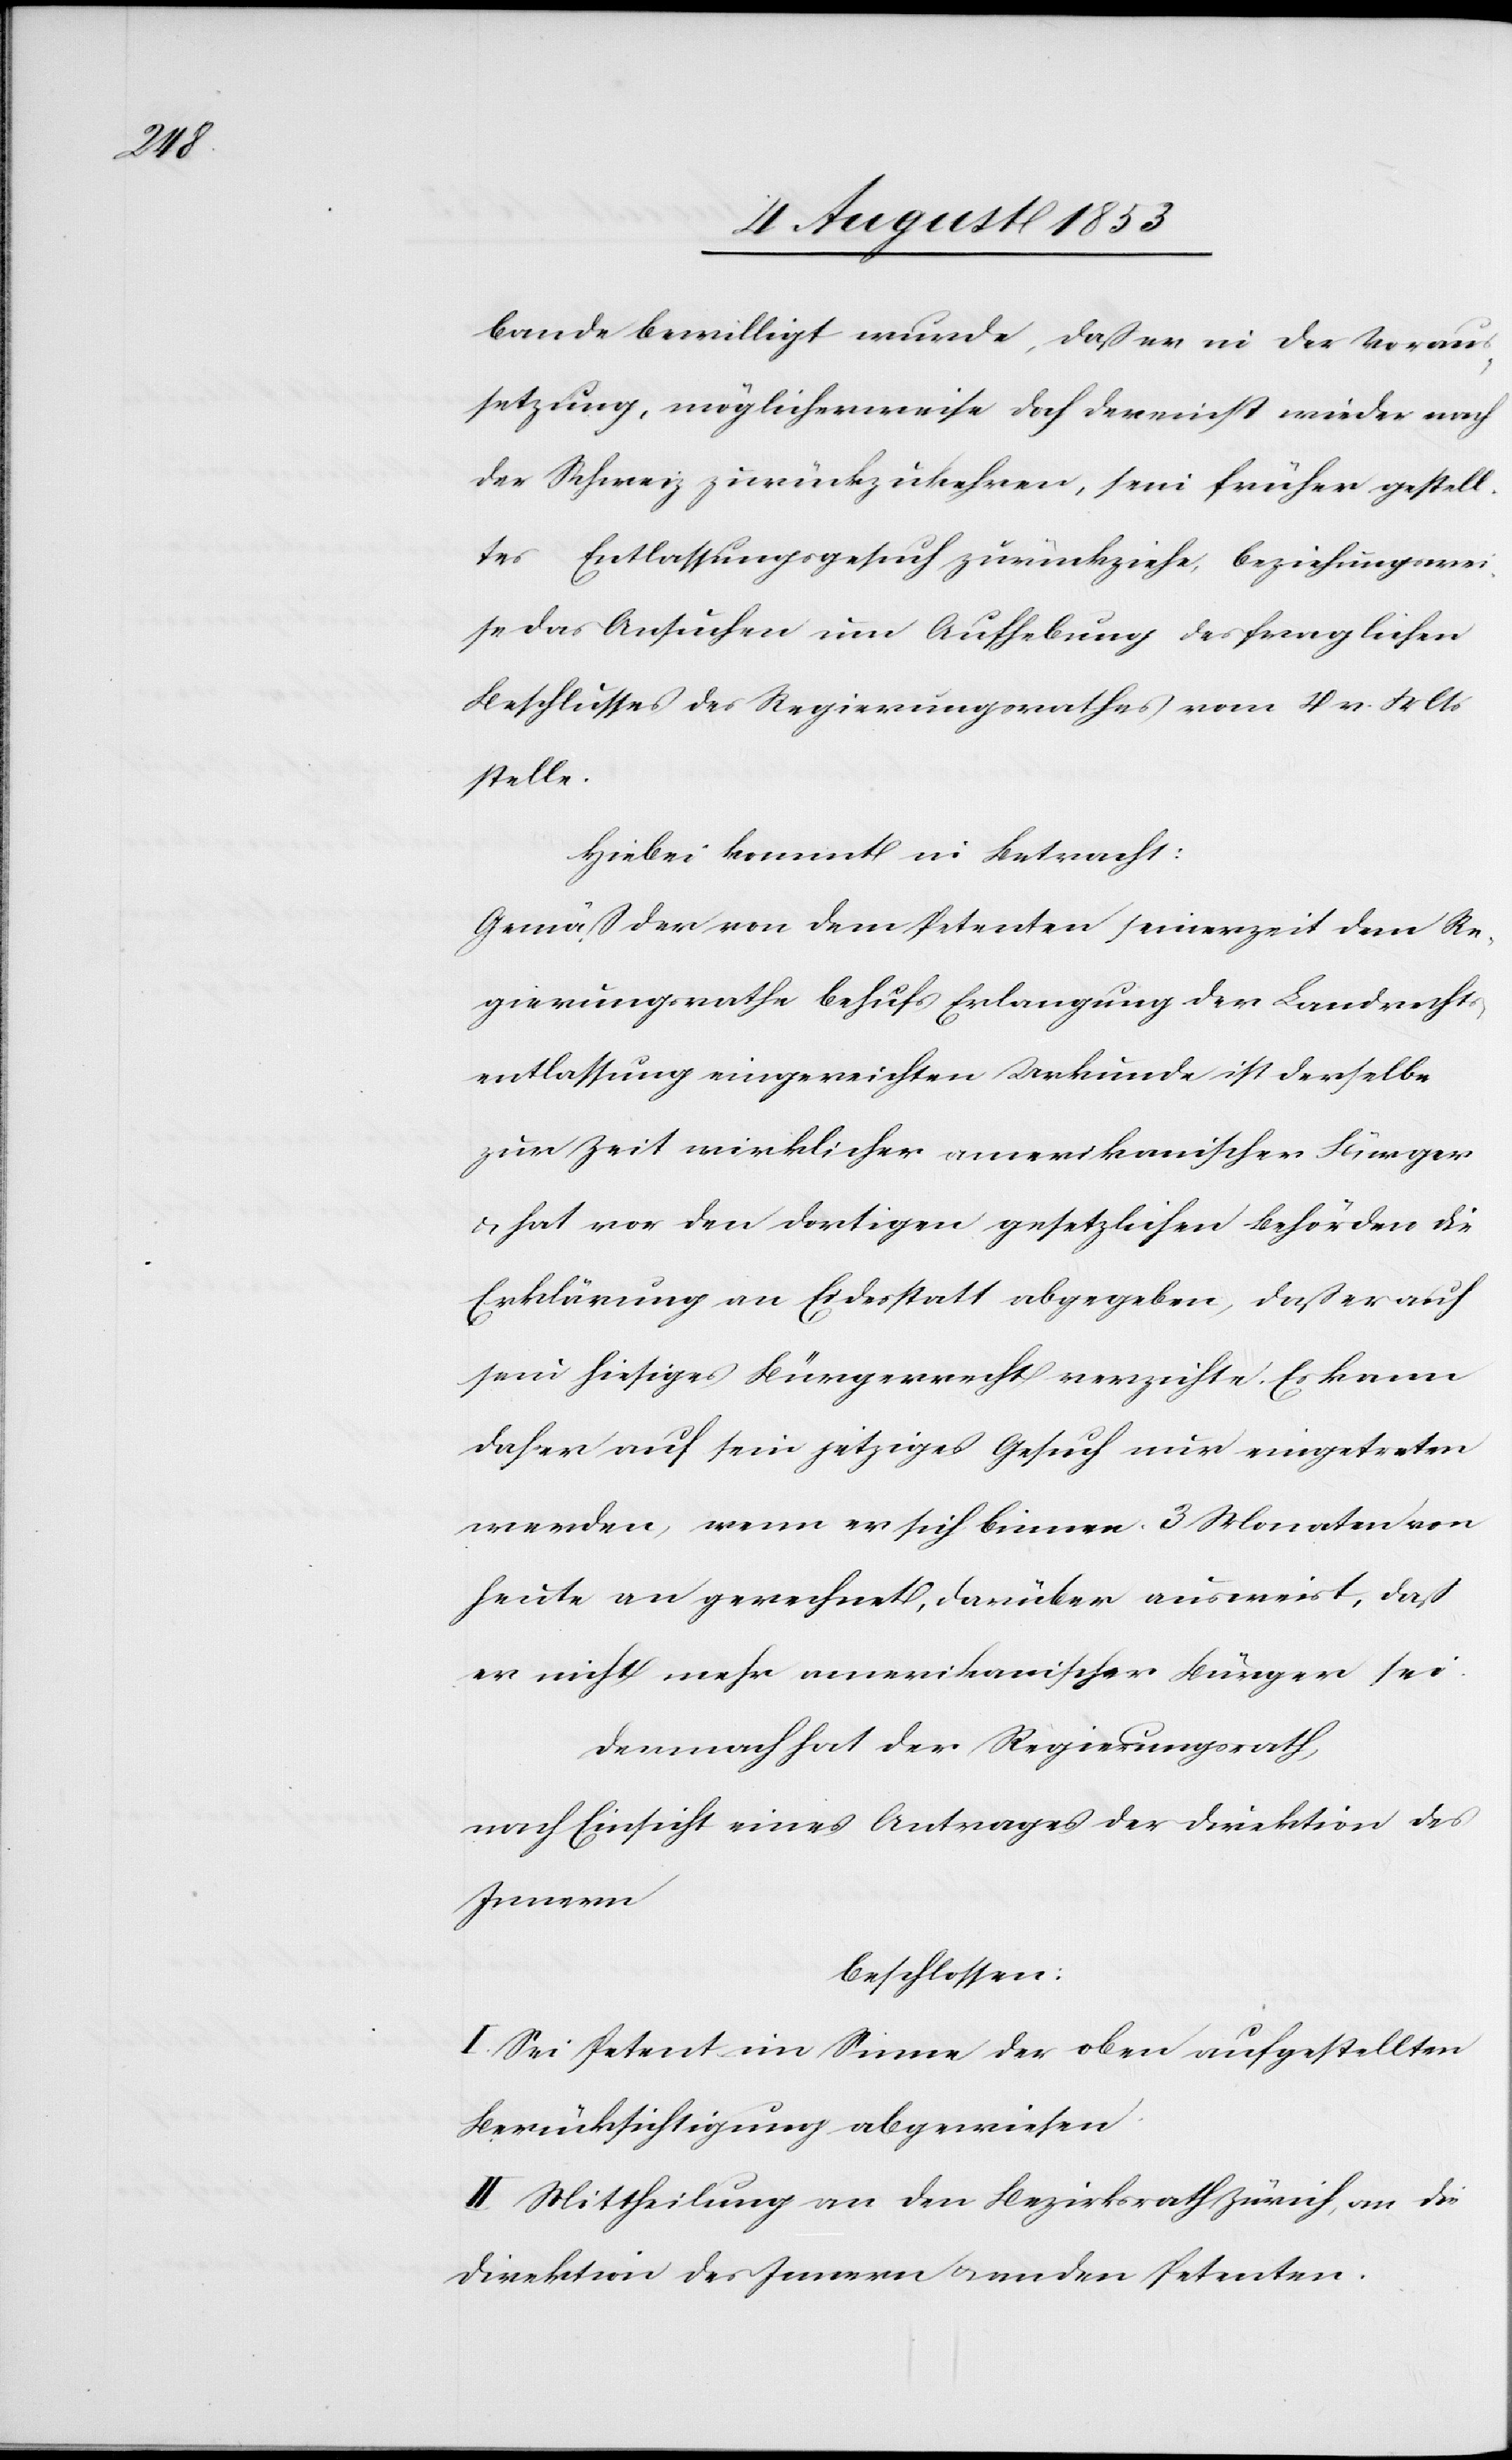
bande bewilligt wurde, daß er in der Vorrau¬
setzung, möglicherweise doch dereinst wieder nach
der Schweiz zurückzukehren, sein früher gestell¬
tes Entlassungsgesuch zurückziehe, beziehungswei¬
se das Ansuchen um Aufhebung des fraglichen
Beschlusses des Regierungsrathes vom 4 v. Mts.
stelle.
Hiebei kommt in Betracht:
Gemäß der von dem Petenten seinerzeit dem Re¬
gierungsrathe behufs Erlangung der Landrechts¬
entlassung eingereichten Urkunde ist derselbe
zur Zeit wirklich amerikanischer Bürger
u. hat vor den dortigen gesetzlichen Behörden die
Erklärung an Eidesstatt abgegeben, daß er auf
sein hiesiges Bürgerrecht verzichte. Es kann
daher auf sein jetziges Gesuch nur eingetreten
werden, wenn er sich binnen 3 Monaten von
heute an gerechnet, darüber ausweist, daß
er nicht mehr amerikanischer Bürger sei.
Demnach hat der Regierungsrath,
nach Einsicht eines Antrages der Direktion des
Innern,
beschlossen:
I. Sei Petent im Sinne der oben aufgestellten
Berücksichtigung abgewiesen.
II. Mittheilung an den Bezirksrath Zürich, an die
Direktion des Innern u. an den Petenten.